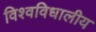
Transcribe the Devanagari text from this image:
विश्वविधालीय